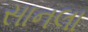
સાનલા